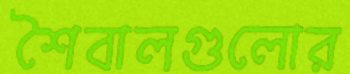
শৈবালগুলোর